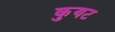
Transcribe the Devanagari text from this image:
कुयट